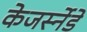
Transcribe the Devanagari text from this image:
केजर्स्नेडे